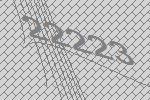
22223